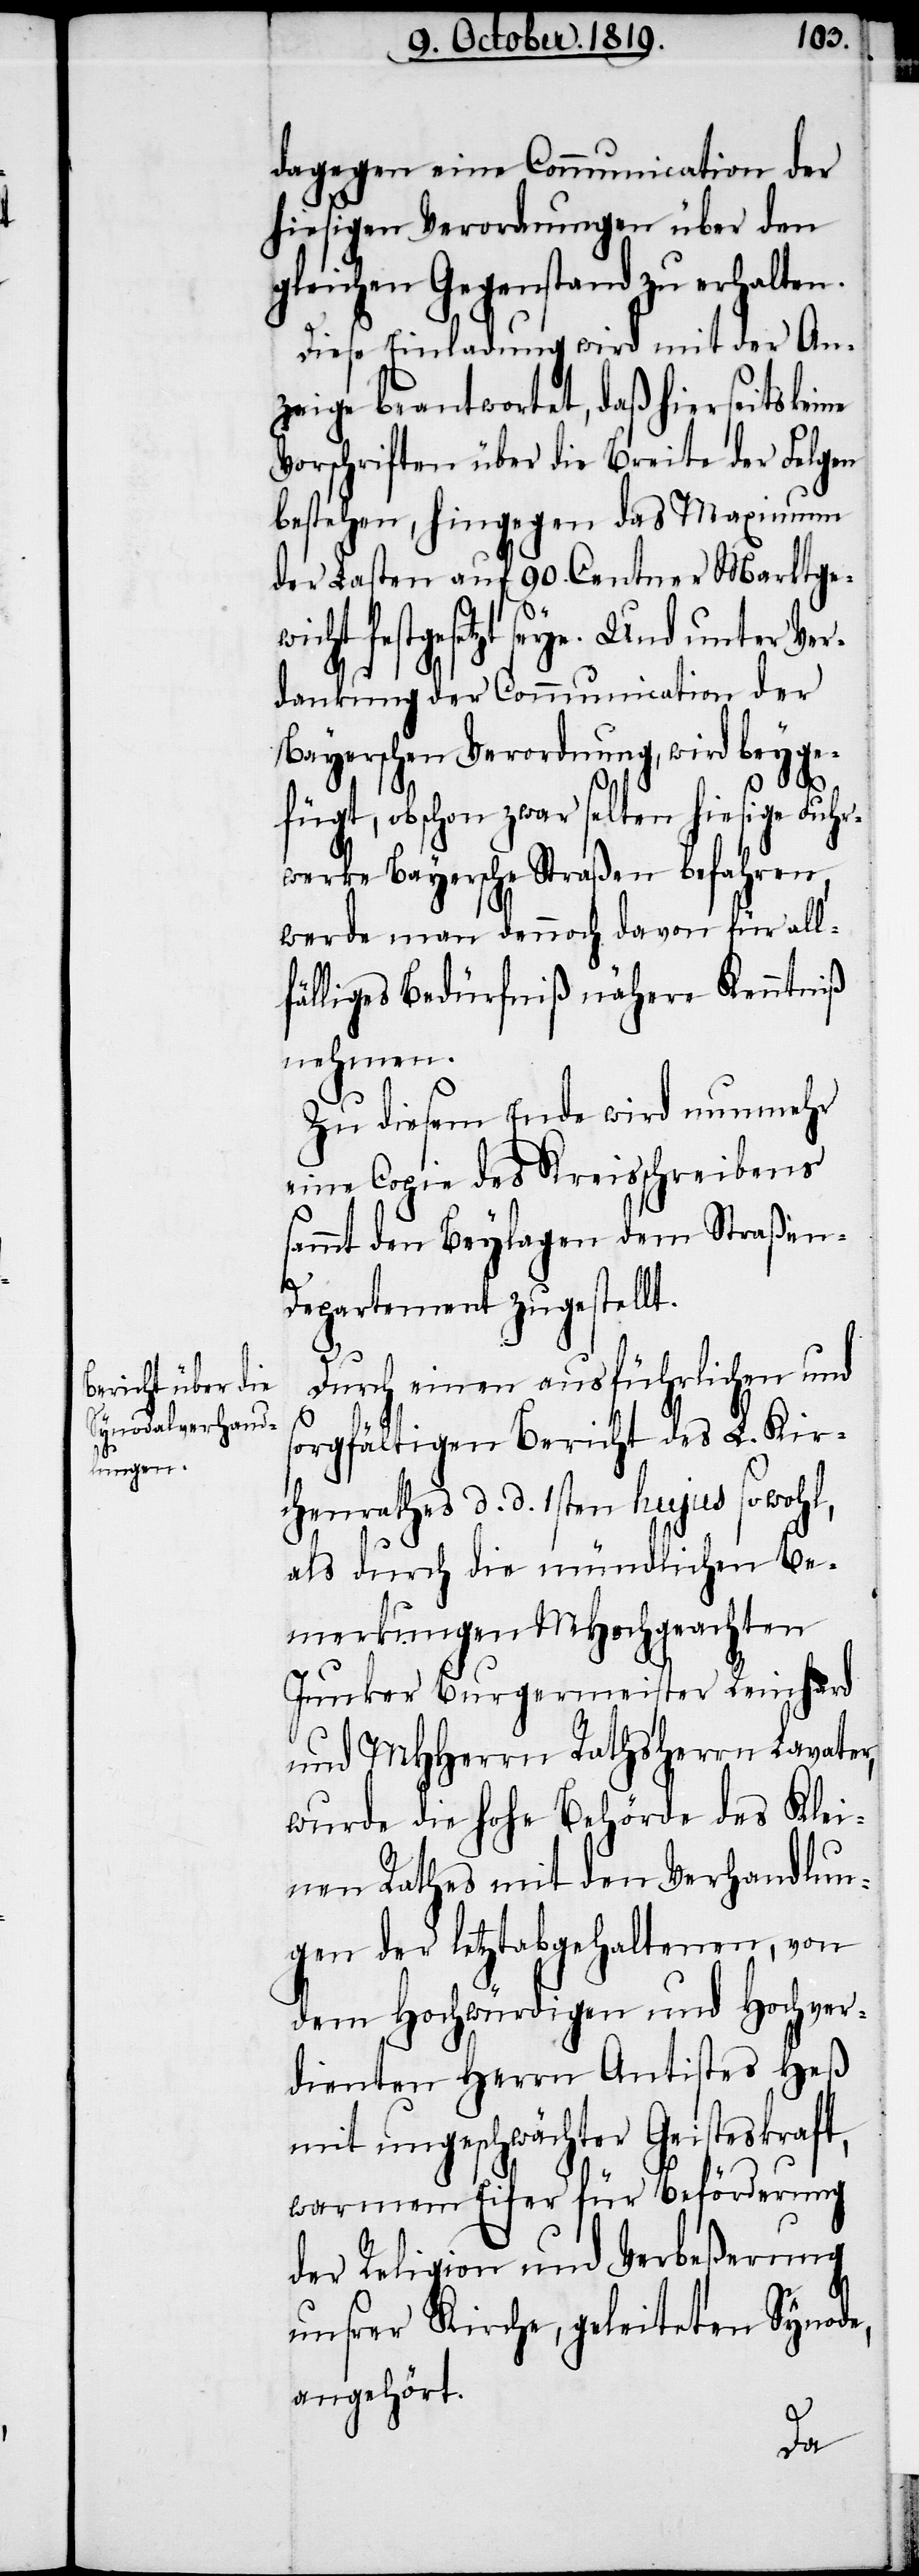
dagegen eine Communication der
hiesigen Verordnungen über den
gleichen Gegenstand zu erhalten.
Diese Einladung wird mit der An¬
zeige beantwortet, daß hierseits keine
Vorschriften über die Breite der Felgen
bestehen, hingegen das Maximum
der Lasten auf 90. Centner Marktgew¬
icht festgesetzt seye. Und unter Ver¬
dankung der Communication der
Bayerschen Verordnung, wird beyge¬
fügt, obschon zwar selten hiesige Fuhr¬
werke Bayersche Straßen befahren,
werde man dennoch davon für all¬
fällige Bedürfniß nähere Kenntniß
nehmen.
Zu diesem Ende wird nunmehr
eine Copie des Kreisschreibens
sammt den Beylagen dem Straßen-D¬
epartement zugestellt.
Durch einen ausführlichen und
sorgfältigen Bericht des L. Kir¬
chenrathes d. d. 1sten hujus sowohl,
als durch die mündlichen Be¬
merkungen MHochgeachten
Junker Burgermeister Reinhard
und MHHerrn Rathsherrn Lavater,
wurde die hohe Behörde des Klei¬
nen Rathes mit den Verhandlun¬
gen der letztabgehaltenen, von
dem Hochwürdigen und Hochver¬
dienten Herrn Antistes Heß
mit ungeschwächter Geisteskraft,
warmem Eifer für Beförderung
der Religion und Verbeßerung
unsrer Kirche, geleiteten Synode,
angehört.